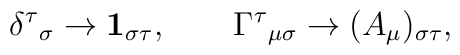
\delta^{\tau}{}_{\sigma}\rightarrow\mathbf{1}_{\sigma\tau},\qquad\Gamma^{\tau}{}_{\mu\sigma}\rightarrow(A_{\mu})_{\sigma\tau},